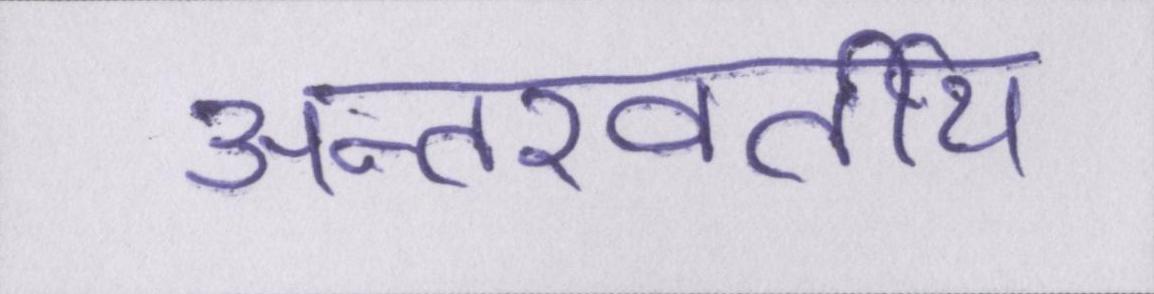
अन्तरवर्तीय